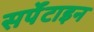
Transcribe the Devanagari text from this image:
सर्पेंटाइन